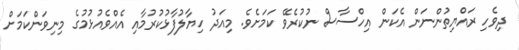
ދިވެހި ރައްޔިތުންނަން އެކަން އިހްސާސް ނުކުރެވޭ ކަމަށެވެ. މިއަދު ހިޔާލުފާޅުކުރުމާއި އެއްވެއުޅުމުގެ މިނިވަންކަމަށް